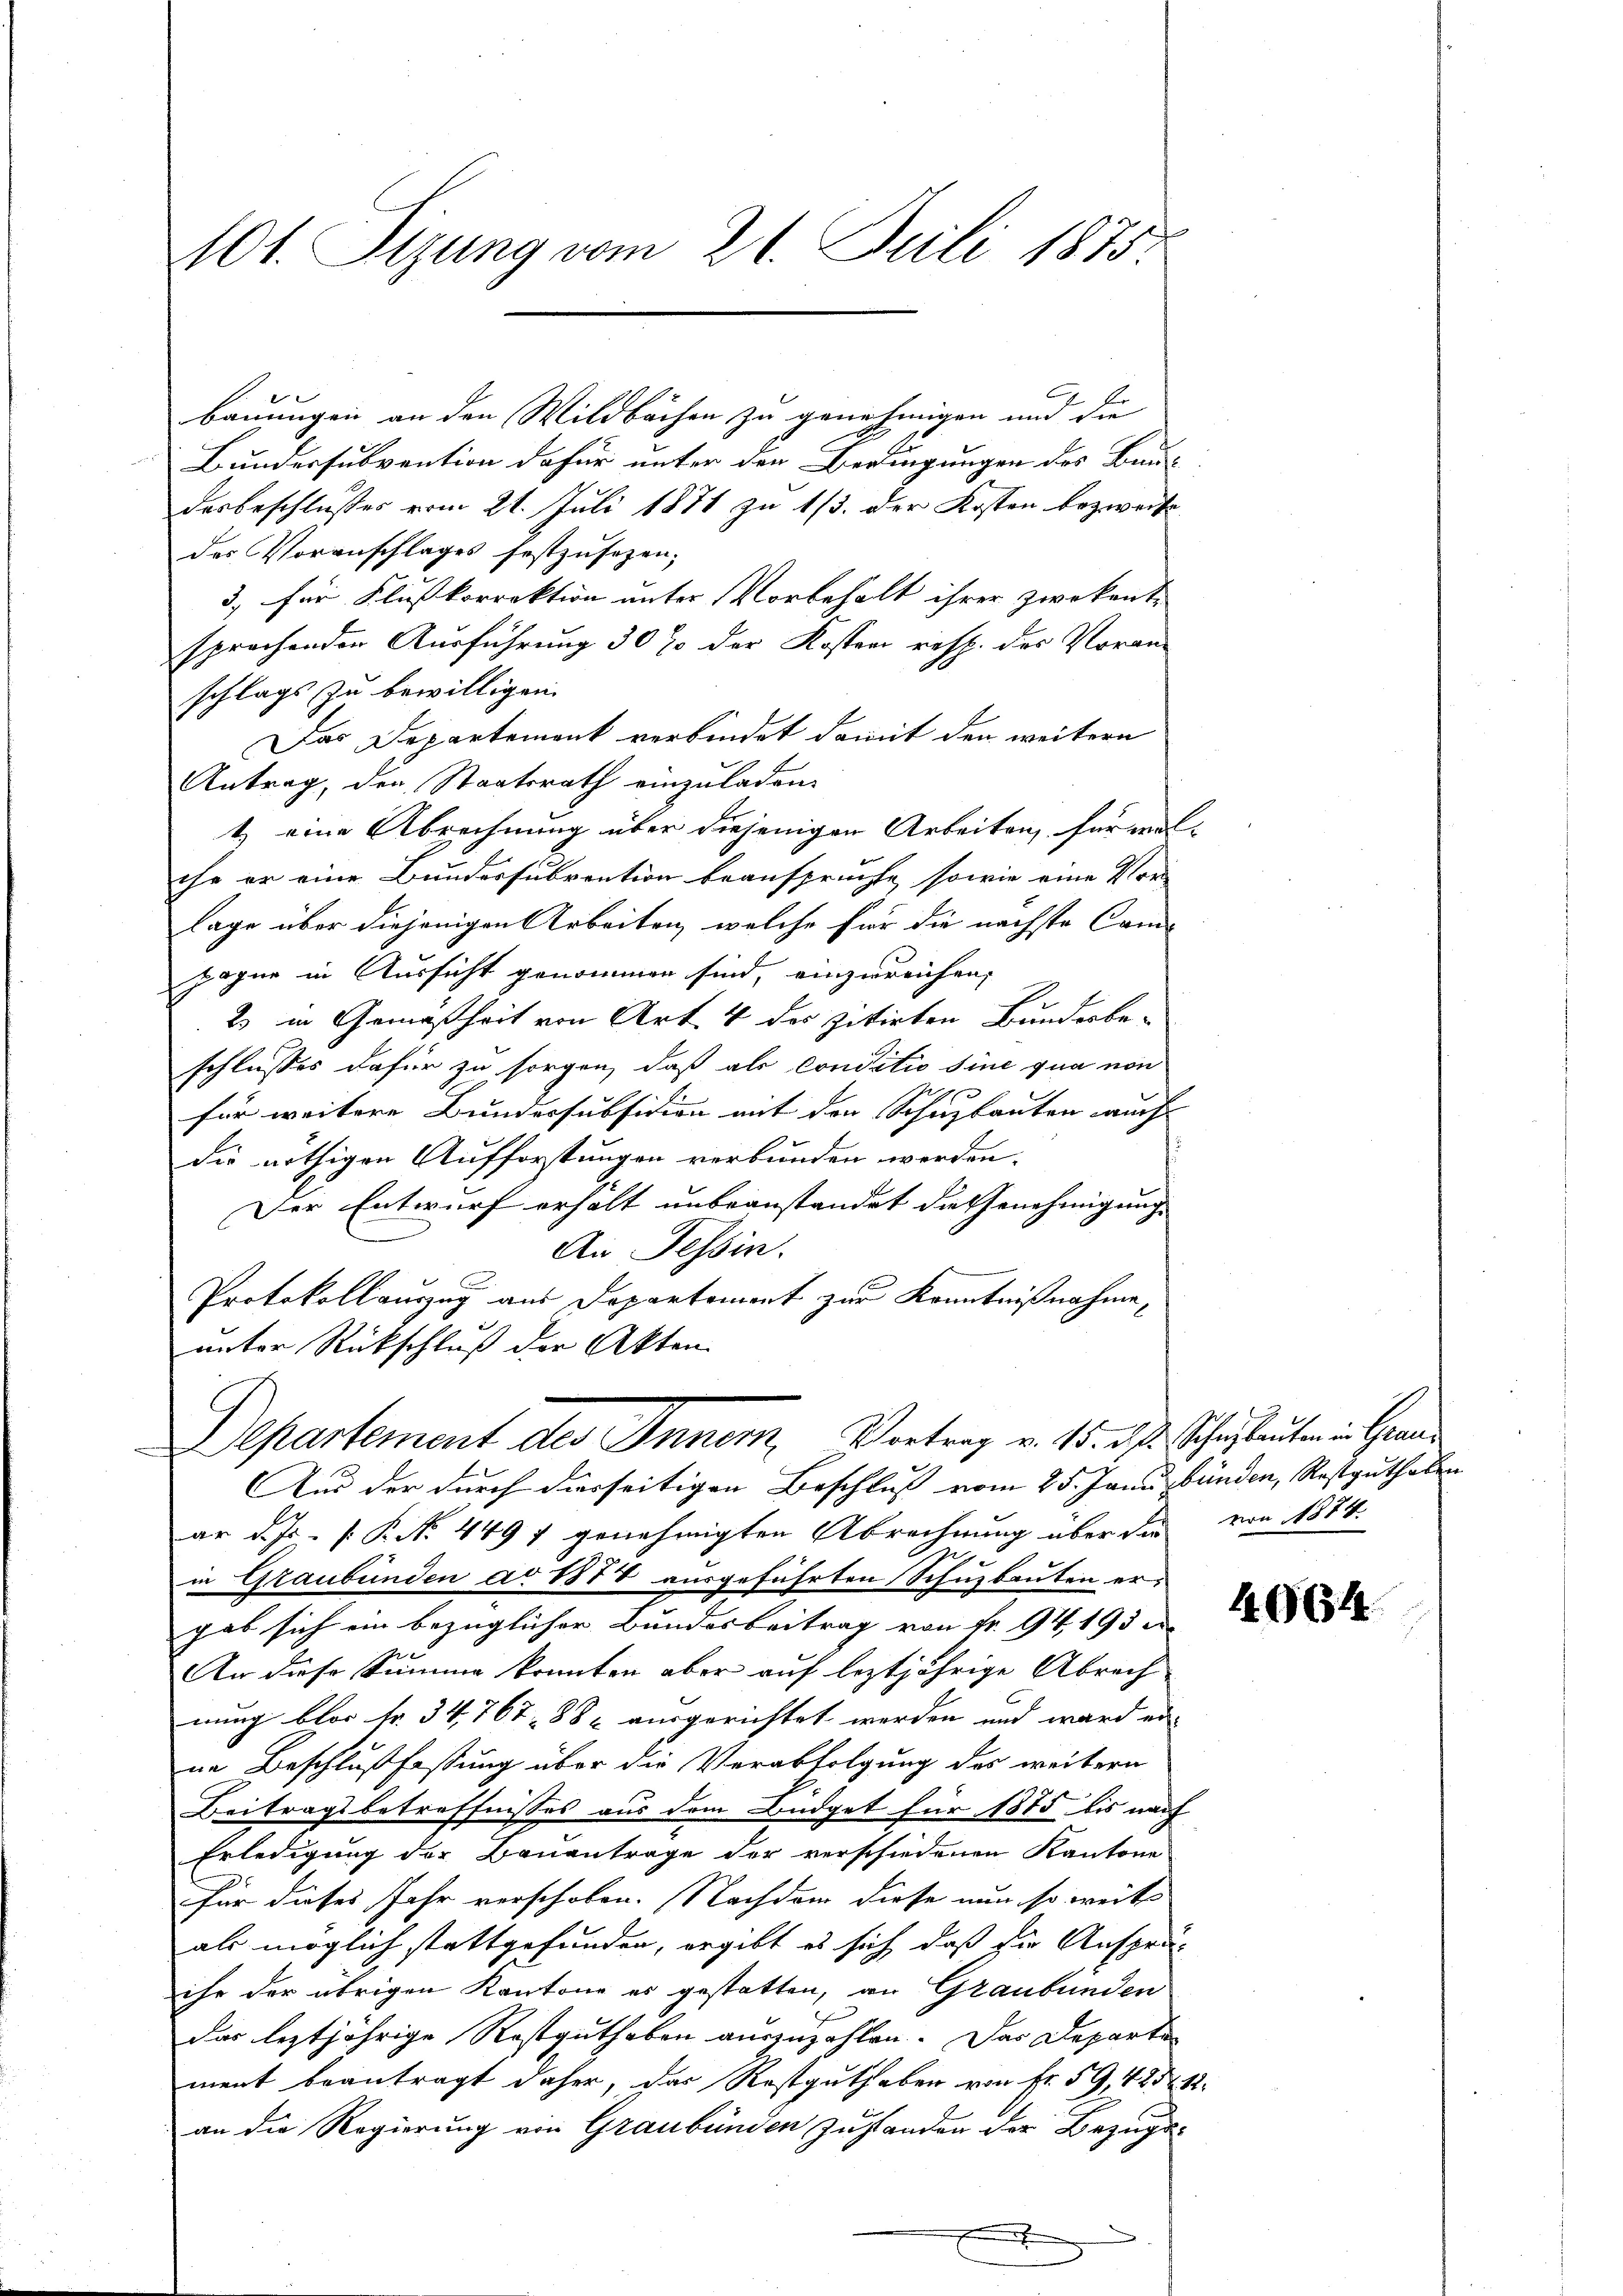
101. Sizung vom 21. Juli 1875.

bauungen an den Wildbachen zu genehmigen und die
Bundessubvention dafür unter den Bedingungen des Baudesbeschlußes vom 21. Juli 1871 zu 1/3. der Kosten bezweife
des Voranschlages festzusehen,
3, für Flusskorrektion unter Vorbehalt ihrer zwekante
sprochenden Ausführung 30 % der Kosten resp. des Voran-
schlags zu bewilligen.
Das Departement verbindet damit den weitern
Antrag, den Staatsrath einzuladen.
tz eine Abrechnung über diejenigen Arbeiten, für wolche er eine Bundessubvention beansprüchte, sowie eine Vor-
lage über diejenigen Arbeiten, welche für die nächste Came
pagne in Aussicht genommen sind, einzureichen,
2 in Gemäßheit von Art. 4 des zitirten Bundesbe-
schlusses dafür zu sorgen, daß als conditio sine qua non
für weitere Bundessubsidion mit den Schuzbauten auch
die nöthigen Aufforstungen verbunden werden.
Der Entwurf erhalt unbeanstandet die Genehmigung |
An Tessin.
Protokollauszug aus Departement zur Kenntnißnahme,
unter Rückschluß der Akten
Departement des Inner, Vortrag v. 15. ds. Scheleuten in Grade
Aus der durch diesseitigen Beschluß vom 25. Janu bänden, Rostguthaben
ar d. Js. R. N. 4497 genehmigten Abrechnung über die von 1874.
in Graubünden ad 1877 ausgeführten Schuzbauten ergab sich ein bezüglicher Bundesbeitrag von Fr. 94. 193 d
An diese Summe konnten aber auf leztjährige Abrech
nung blos Fr. 34, 767. 882 ausgerichtet werden und ward ein
ne Beschlußfassung über die Verabfolgung des weitern
Beitragsbetreffnisses aus dem Büdget für 1875 bis nach
Erledigung der Bauantrage der verschiedenen Kantone
für dieses Jahr verschoben. Nachdem diese nun so weit
als möglich stattgefunden, ergibt es sich daß die Ansprä-
ihr der übrigen Kantone es gestatten, an Graubünden
das leztjährige Rostguthaben auszuzahlen. Das Departe
ment beantragt daher, das Restguthaben von Fr. 59, 425
an die Regierung von Graubünden Zustanden der Bezugsh

4964.